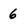
Character: 6